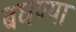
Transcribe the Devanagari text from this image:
बघण्या